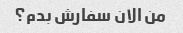
من الان سفارش بدم؟